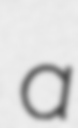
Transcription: a